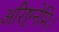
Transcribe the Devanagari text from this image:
अरिष्टनेमिः।